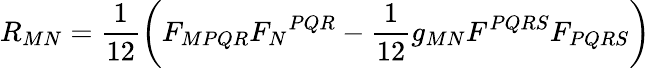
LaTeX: R_{MN}=\frac{1}{12}\left(F_{MPQR}F_{N}{}^{PQR}-\frac{1}{12}g_{MN}F^{PQRS}F_{PQRS}\right)